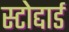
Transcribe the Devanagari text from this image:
स्टोद्दार्ड